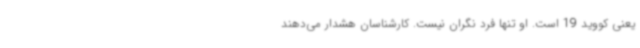
یعنی کووید 19 است. او تنها فرد نگران نیست. کارشناسان هشدار می‌دهند